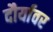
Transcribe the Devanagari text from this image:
दौर्यावर